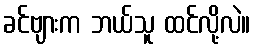
ခင်ဗျားက ဘယ်သူ ထင်လို့လဲ။